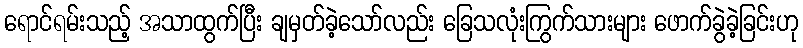
ရောင်ရမ်းသည့် အသာထွက်ပြီး ချမှတ်ခဲ့သော်လည်း ခြေသလုံးကြွက်သားများ ဖောက်ခွဲခဲ့ခြင်းဟု